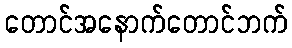
တောင်အနောက်တောင်ဘက်